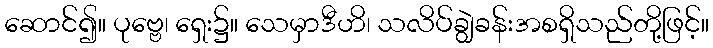
ဆောင်၍။ ပုဗ္ဗေ၊ ရှေး၌။ သေမှာဒီဟိ၊ သလိပ်ချွဲခန်းအစရှိသည်တို့ဖြင့်။